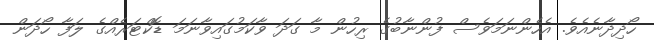
ހޯދިދާނެއެވެ. އެހެންނަމަވެސް ފުންނާބުގެ ރިހުން މާ ގަދަ ވާކަމުގައިވާނަމަ ޑޮކްޓަރެއްގެ ލަފާ ހޯދަން